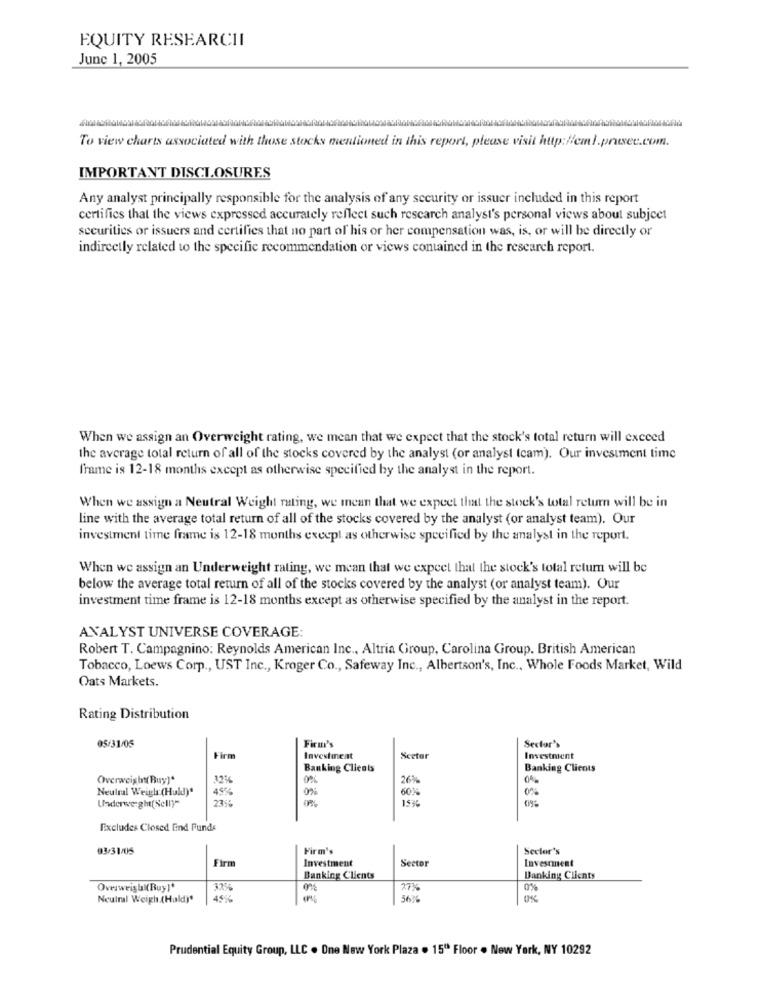
EQUITY RESEARCHI
June 1, 2005
To view charts associated with those stocks mentioned in this report, please visit http://cml.prusec.com.
IMPORTANT DISCLOSURES
Any analyst principally responsible for the analysis of any security or issuer included in this report
certifies that the views expressed accurately reflect such research analyst's personal views about subject
securities or issuers and certifies that no part of his or her compensation was, is, or will be directly or
indirectly related to the specific recommendation or views contained in the research report.
When we assign an Overweight rating, we mean that we expect that the stock's total return will exceed
the average total return of all of the stocks covered by the analyst (or analyst (cam). Our investment time
frame is 12-18 months except as otherwise specified by the analyst in the report.
When we assign a Neutral Weight rating, we mean that we expect that the stock's total return will be in
line with the average total return of all of the stocks covered by the analyst (or analyst team). Our
investment time frame is 12-18 months except as otherwise specified by the analyst in the report.
When we assign an Underweight rating, we mean that we expect that the stock's total return will be
below the average total return of all of the stocks covered by the analyst (or analyst team). Our
investment time frame is 12-18 months except as otherwise specified by the analyst in the report.
ANALYST UNIVERSE COVERAGE:
Robert T. Campagnino: Reynolds American Inc ., Altria Group, Carolina Group. British American
Tobacco, Loews Corp ., UST Inc ., Kroger Co ., Safeway Inc ., Albertson's, Inc ., Whole Foods Market, Wild
Oats Markets.
Rating Distribution
Firm's
05/31/05
Sector's
Firm
Investment
Scetar
Investment
Banking Clients
Banking Clients
Overweight( Buy)"
12%
0%
26%
0%
Neutral Weigh (Huldl)"
0%
60%
0%
Underweight(Sell)"
1436
Excludes Closed find Funds
93/31/05
Firm's
Sector's
Firm
Investment
Sector
Investment
Banking Clients
Banking Clients
Overweigh (Buy]*
3.26
27%
0%
Neutral Weigh (Hald)"
45%2
56%
0%
Prudential Equity Group, LLC . Dne New York Plaza . 15" Floor . New York, NY 10292